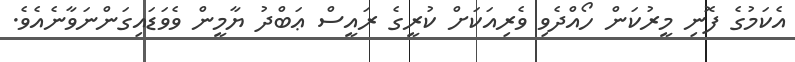
އެކަމުގެ ފޮނި މީރުކަން ހޯއްދެވި ވެރިއަކަށް ކުރީގެ ރައީސް ޢަބްދު ޔާމީން ވެވަޑައިގަންނަވާނެއެވެ.